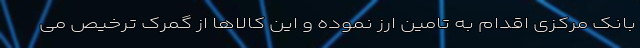
بانک مرکزی اقدام به تامین ارز نموده و این کالاها از گمرک ترخیص می